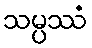
သမ္ပဿံ